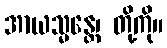
အာယသ္မန္တေ၊ တို့ကို။